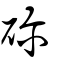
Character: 䂦